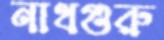
নাথগুরু